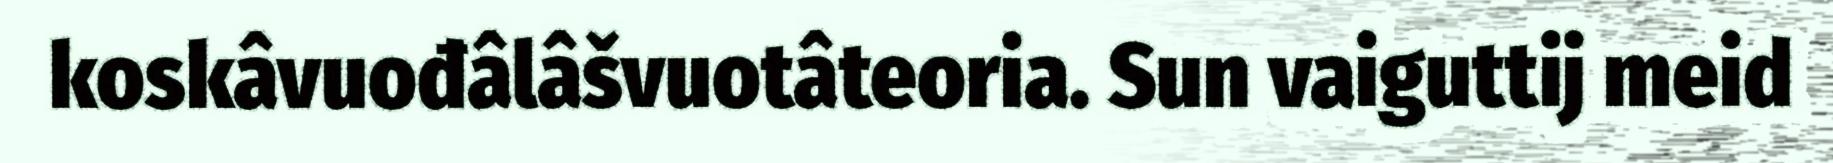
koskâvuođâlâšvuotâteoria. Sun vaiguttij meid